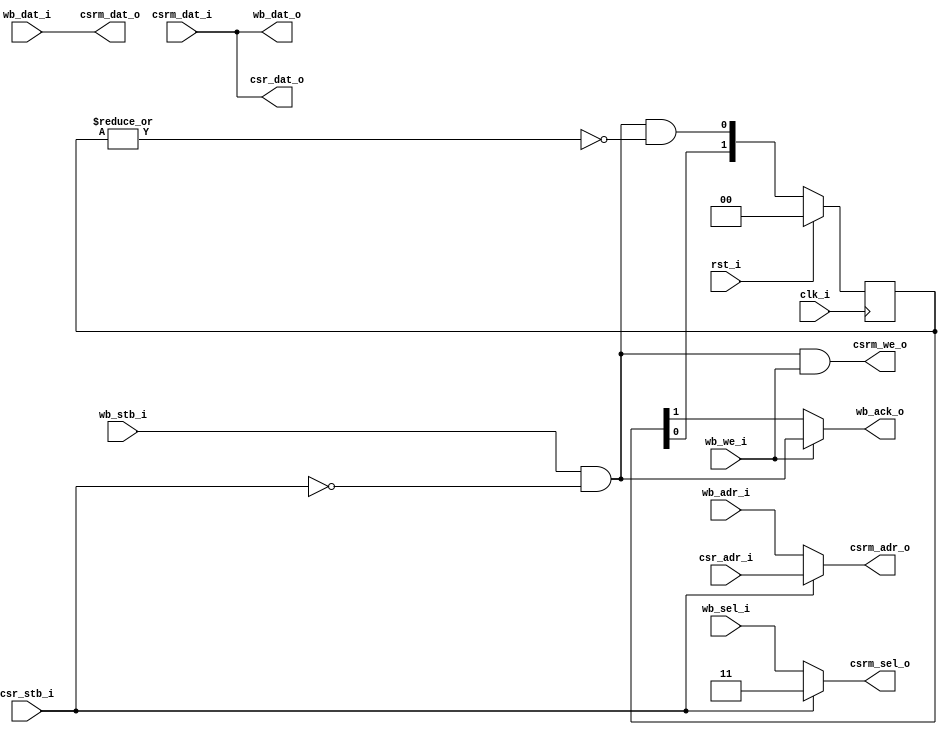
module vga_mem_arbitrer (
    input clk_i,
    input rst_i,
    input  [17:1] wb_adr_i,
    input  [ 1:0] wb_sel_i,
    input         wb_we_i,
    input  [15:0] wb_dat_i,
    output [15:0] wb_dat_o,
    input         wb_stb_i,
    output        wb_ack_o,
    input  [17:1] csr_adr_i,
    output [15:0] csr_dat_o,
    input         csr_stb_i,
    output [17:1] csrm_adr_o,
    output [ 1:0] csrm_sel_o,
    output        csrm_we_o,
    output [15:0] csrm_dat_o,
    input  [15:0] csrm_dat_i
  );
  reg  [1:0] wb_ack;
  wire       wb_ack_r;
  wire       wb_ack_w;
  assign csrm_adr_o = csr_stb_i ? csr_adr_i : wb_adr_i;
  assign csrm_sel_o = csr_stb_i ? 2'b11 : wb_sel_i;
  assign csrm_we_o  = wb_stb_i & !csr_stb_i & wb_we_i;
  assign csrm_dat_o = wb_dat_i;
  assign wb_dat_o  = csrm_dat_i;
  assign csr_dat_o = csrm_dat_i;
  assign wb_ack_r = wb_ack[1];
  assign wb_ack_w = wb_stb_i & !csr_stb_i;
  assign wb_ack_o = wb_we_i ? wb_ack_w : wb_ack_r;
  always @(posedge clk_i)
    wb_ack <= rst_i ? 2'b00
      : { wb_ack[0], (wb_stb_i & !csr_stb_i & !(|wb_ack)) };
endmodule